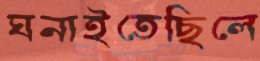
ঘনাইতেছিলে